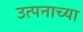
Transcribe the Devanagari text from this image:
उत्पनाच्या